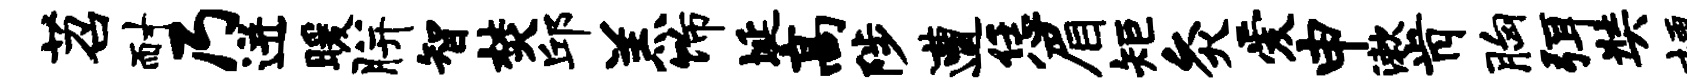
苕耐乃迸暖胼智焚邱羔饰埏高陟遭恁眉矩灸爱申漱肯胸弭奘梗